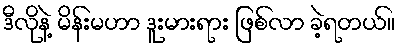
ဒီလိုနဲ့ မိန်းမဟာ ဒူးမားရား ဖြစ်လာ ခဲ့ရတယ်။